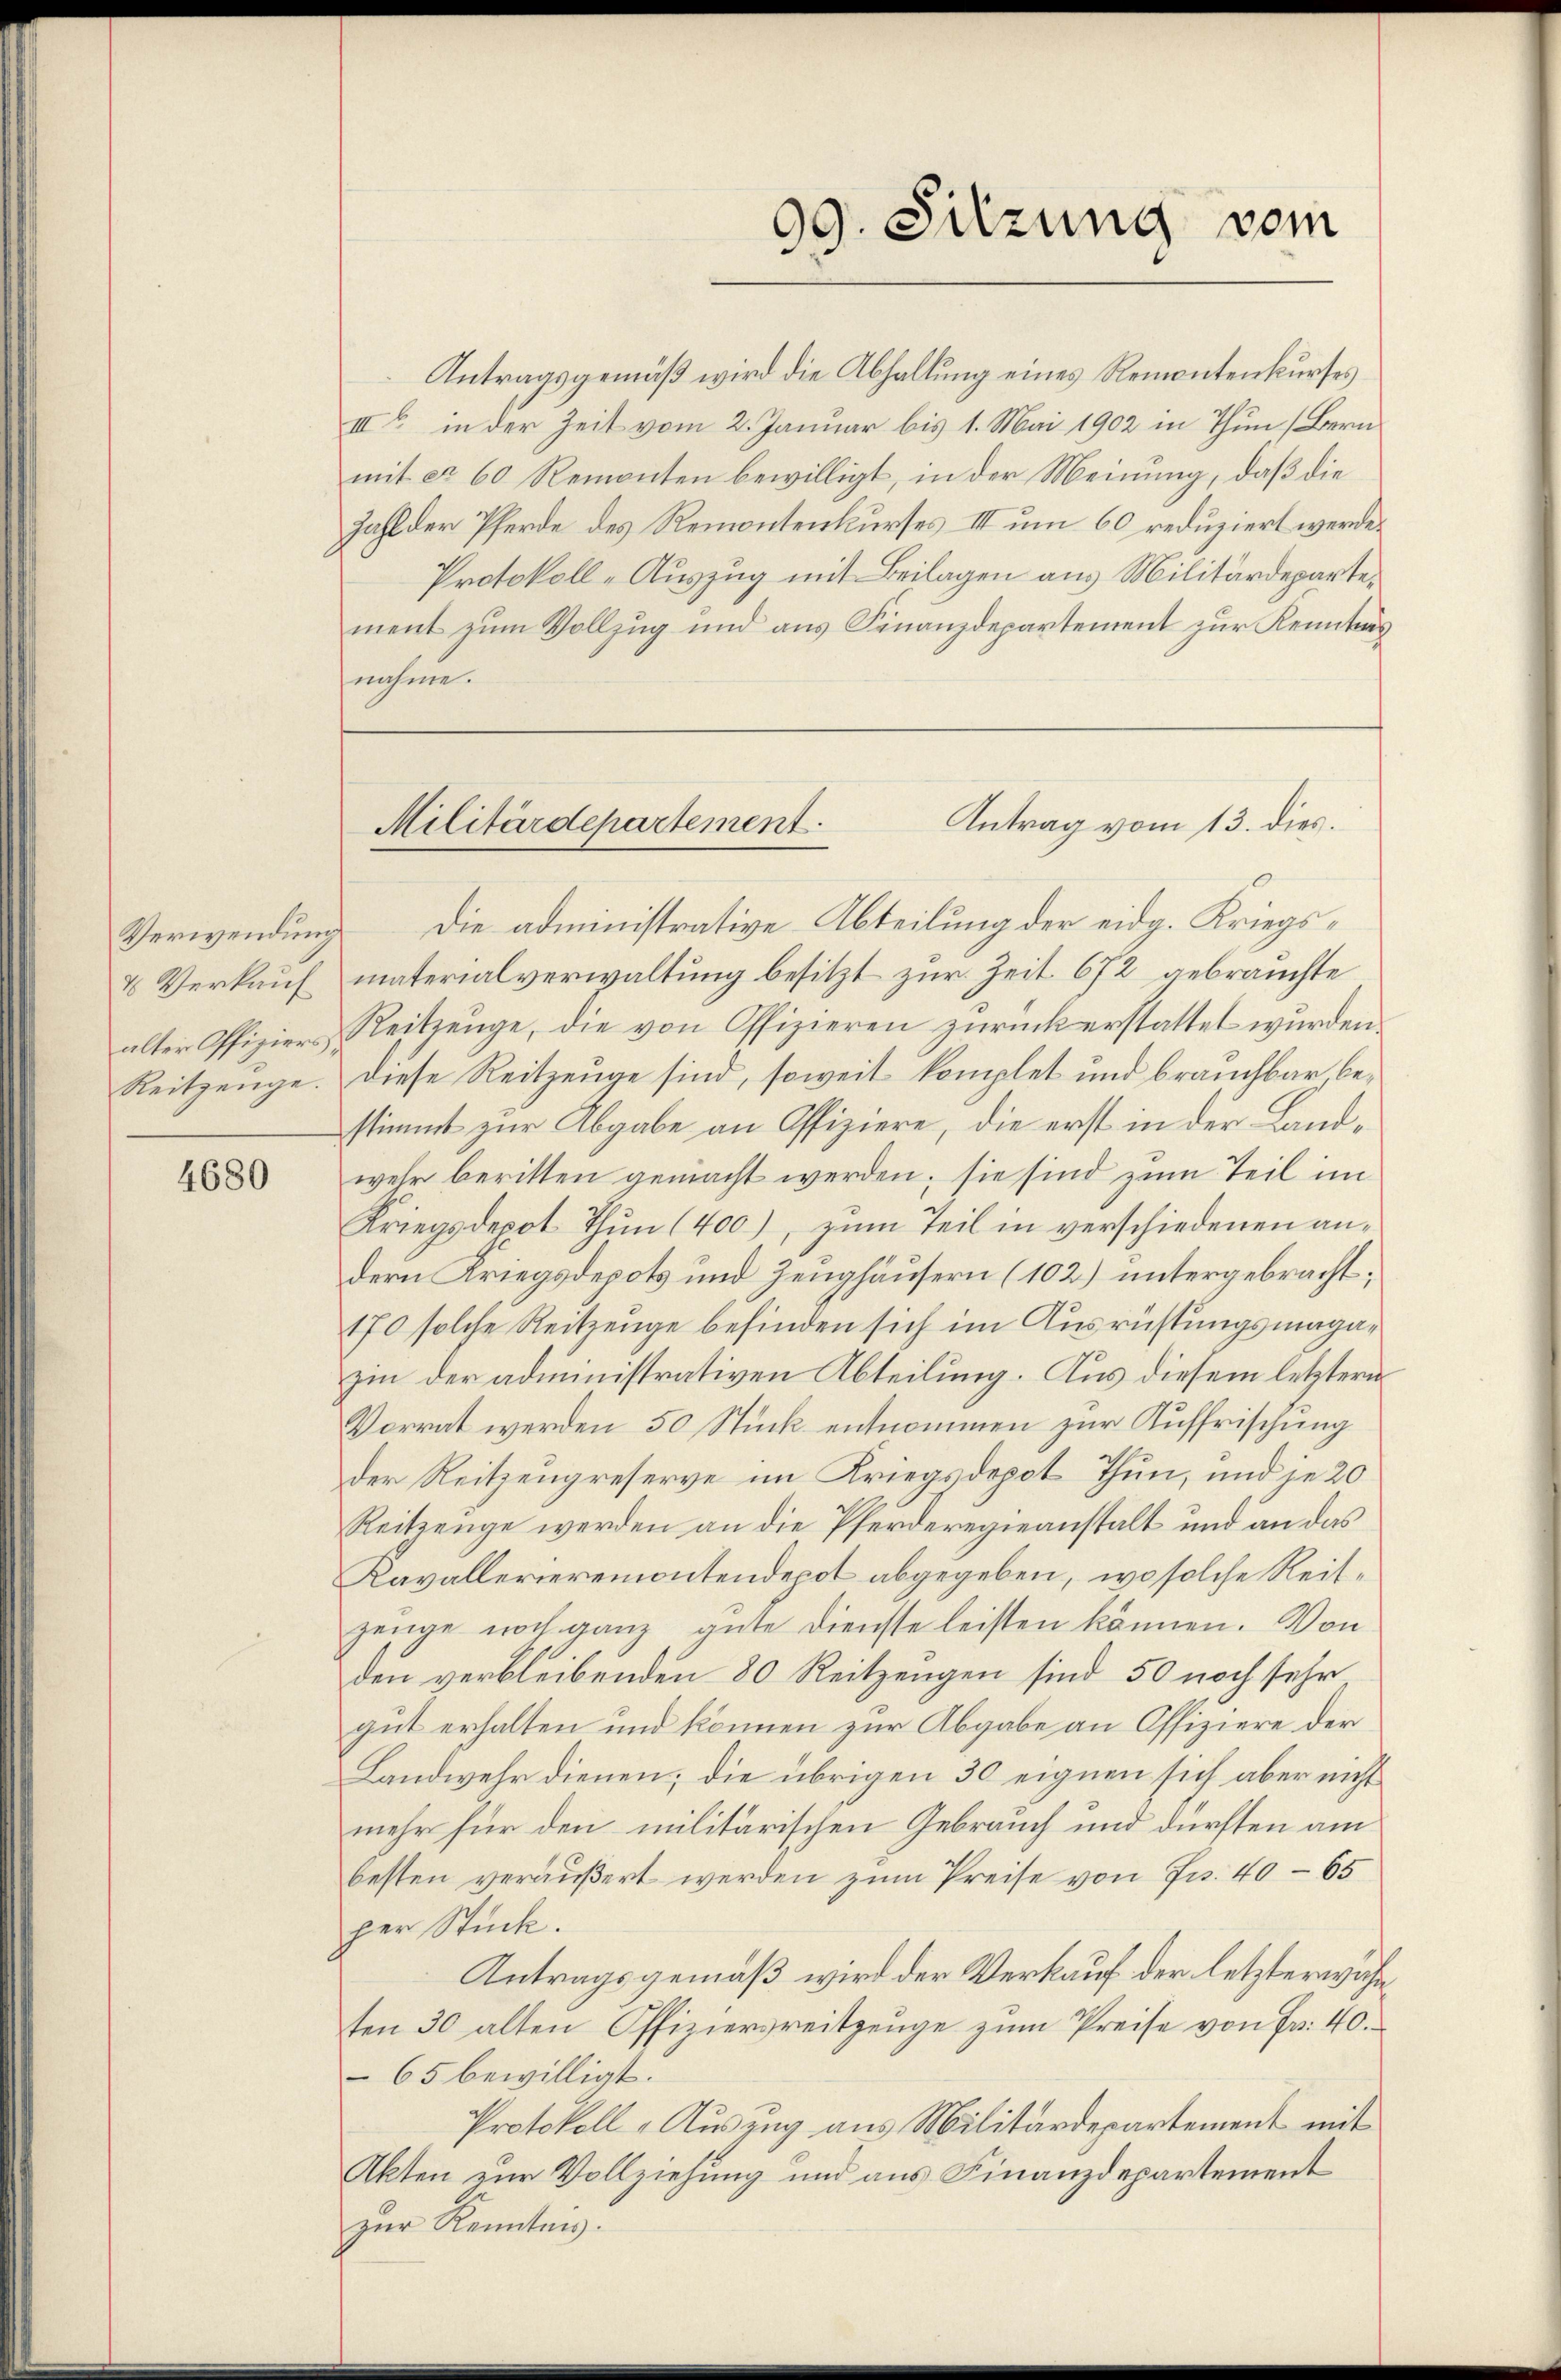
Verwendung
4 Verkauf
Reitzenge.

4680

Antragsgemäß wird die Abhaltung eines Remontenkurses
III b. in der Zeit vom 2. Januar bis 1. Mai 1902 in Thun (Bern
mit ca 60 Remonten bewilligt, in der Meinung, daß die
Zahl der Pferde des Remontenkurses III um 60 reduziert werde.
Protokoll-Auszug mit Beilagen aus Militärdepartement zum Vollzug und aus Finanzdepartement zur Kenntnis
nahme.
Die administrative Abteilung der eidg. Kriegsmaterialverwaltung besitzt zur Zeit. 672 gebrauchte
alter Pfiziers Reitzeuge, die von Offizieren zurück erstattet wurden.
Diese Reitzeuge sind, soweit komplet und brauchbar, bestimmt zur Abgabe an Offiziere, die erst in der Landwehr beritten gemacht werden; sie sind zum Teil im
Kriegsdepot thun (400), zum Teil in verschiedenen andern Kriegsdepots und Zeughäusern (102) untergebracht;
170 solche Reitzeuge befinden sich im Ausrüstungsmagazin der administrativen Abteilung. Aus diesem letztern
Vorrat werden 50 Stück entnommen zur Auffrischung
der Reitzengreserve im Kriegsdepot Thun, und je 20
Reitzeuge werden an die Pferderegieanstalt und an das
Kavallerieremontendepot abgegeben, wo solche Reitzeuge noch ganz gute Dienste leisten können. Von
den verbleibenden 80 Reitzeugen sind 50 noch sehr
gut erhalten und können zur Abgabe an Offiziere der
Landwehr dienen; die übrigen 30 eignen sich aber nicht
mehr für den militärischen Gebrauch und dürften am
besten veräußert werden zum Preise von Fr. 40 - 65
per Stück.
Antragsgemäß wird der Verkauf der letzterwähn
ten 30 alten Offiziersreitzeŭge zŭm Preise von Fr. 40.
65 bewilligt.
Protokoll-Auszug aus Militärdepartement mit
Akten zur Vollziehung und aus Finanzdepartement
zur Kennten.

99. Sitzung vom

Antrag vom 13. dies.
Militärdepartement.